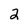
Character: 2